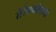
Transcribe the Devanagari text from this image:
तेरेश्कोवाची